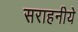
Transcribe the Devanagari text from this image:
सराहनीये